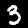
Digit: 3